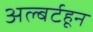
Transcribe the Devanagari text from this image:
अल्बर्टहून